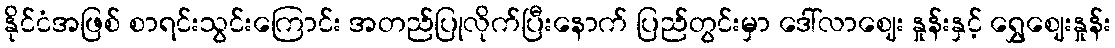
နိုင်ငံအဖြစ် စာရင်းသွင်းကြောင်း အတည်ပြုလိုက်ပြီးနောက် ပြည်တွင်းမှာ ဒေါ်လာဈေး နှုန်းနှင့် ရွှေဈေးနှုန်း